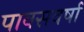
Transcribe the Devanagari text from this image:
पावसवर्षा